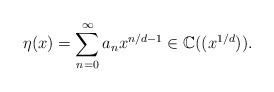
\begin{align*}\eta(x)=\sum_{n=0}^\infty a_nx^{n/d-1}\in\mathbb{C}((x^{1/d})).\end{align*}